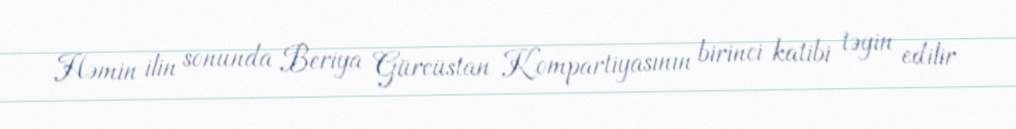
Həmin ilin sonunda Beriya Gürcüstan Kompartiyasının birinci katibi təyin edilir